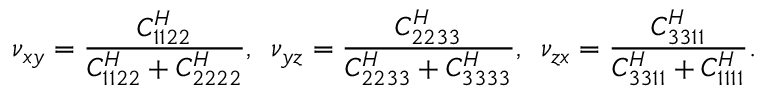
\nu _ { x y } = \frac { C _ { 1 1 2 2 } ^ { H } } { C _ { 1 1 2 2 } ^ { H } + C _ { 2 2 2 2 } ^ { H } } , \, \, \, \nu _ { y z } = \frac { C _ { 2 2 3 3 } ^ { H } } { C _ { 2 2 3 3 } ^ { H } + C _ { 3 3 3 3 } ^ { H } } , \, \, \, \nu _ { z x } = \frac { C _ { 3 3 1 1 } ^ { H } } { C _ { 3 3 1 1 } ^ { H } + C _ { 1 1 1 1 } ^ { H } } .